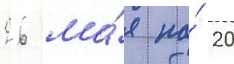
26 ма́я по́ 20